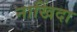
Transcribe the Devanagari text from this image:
नाखिंदा